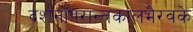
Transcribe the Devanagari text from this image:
दर्शनोपरान्तकालभैरवके